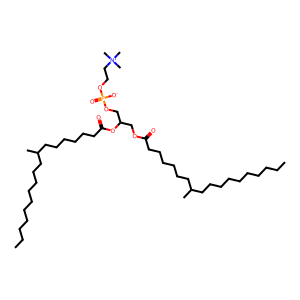
SMILES: CCCCCCCCCCC(C)CCCCCCC(=O)OCC(COP(=O)([O-])OCC[N+](C)(C)C)OC(=O)CCCCCCC(C)CCCCCCCCCC
Inhibits HIV replication: No